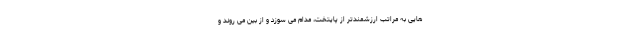
هایی به مراتب ارزشمندتر از پایتخت، مدام می سوزد و از بین می روند و